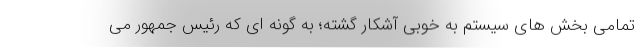
تمامی بخش های سیستم به خوبی آشکار گشته؛ به گونه ای که رئیس جمهور می